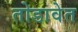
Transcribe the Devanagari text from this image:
तोडावेत